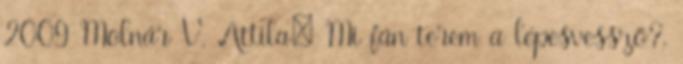
2009 Molnár V. Attila: Mi fán terem a lépesvessző?,